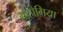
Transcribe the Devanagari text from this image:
मोहोगिया